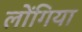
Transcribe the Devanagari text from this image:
लोंगिया